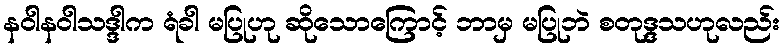
နဝါနဝါသဒ္ဒါက ရံခါ မပြုဟု ဆိုသောကြောင့် ဘာမှ မပြုဘဲ စတုဒ္ဒသဟုလည်း